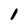
Character: l